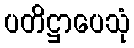
ပတိဋ္ဌာပေသုံ